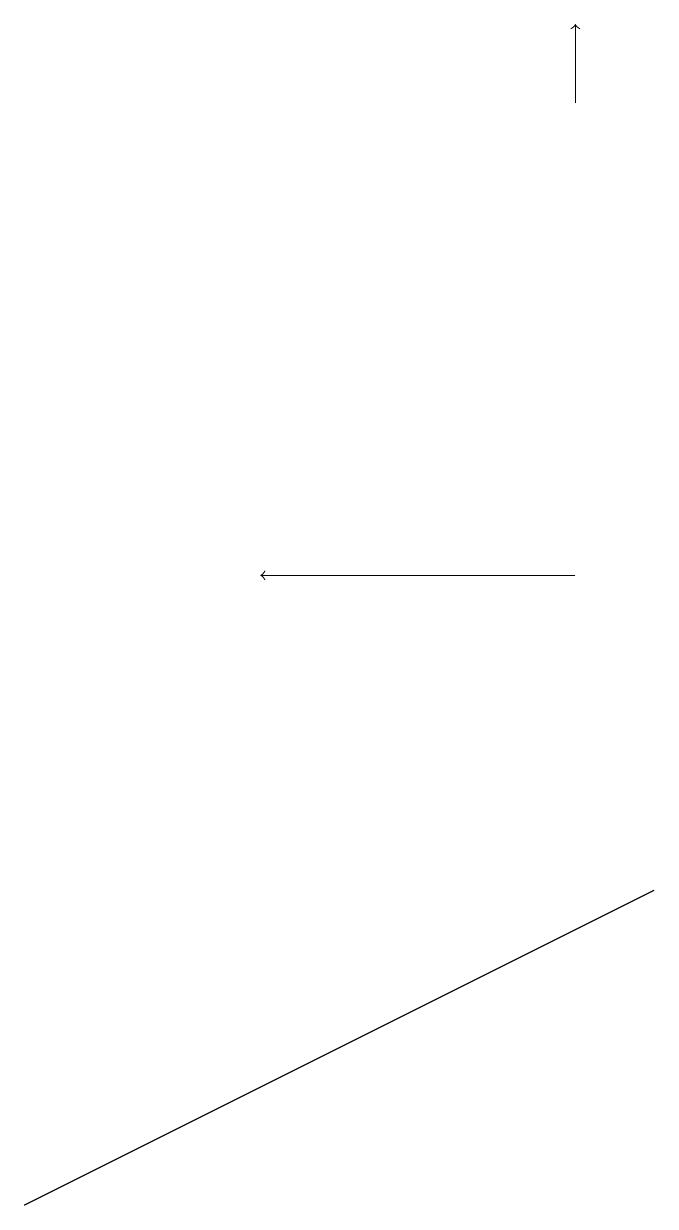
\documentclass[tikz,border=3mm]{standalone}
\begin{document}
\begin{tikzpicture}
\draw[->] (8,16) -- (8,17);
\draw (3,3) -- (1,2) -- (9,6) -- cycle;
\draw[->] (8,10) -- (4,10);
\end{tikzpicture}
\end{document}